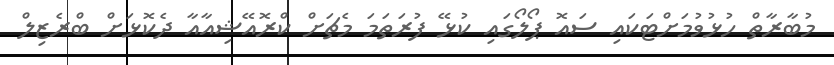
މުބާރާތް ހުޅުވުމަށްޓަކައި ސައޮ ޕޯލޯގައި ކުޅޭ ފުރަތަމަ މެޗަށް ކްރޮއޭޝިއާއާ ދެކޮޅަށް ބްރެޒިލް